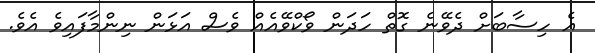
އެ ހިސާބަށް ދެވޭނެ ގޮތް ހަދަން ވޯކްވޭއެއް ވެސް އަޅަން ނިންމާފައިވެ އެވެ.